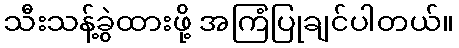
သီးသန့်ခွဲထားဖို့ အကြံပြုချင်ပါတယ်။